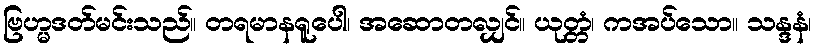
ဗြဟ္မဒတ်မင်းသည်။ တရမာနရူပေါ၊ အဆောတလျှင်။ ယုတ္တံ၊ ကအပ်သော။ သန္ဒနံ၊